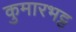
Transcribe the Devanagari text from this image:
कुमारभट्ट